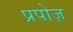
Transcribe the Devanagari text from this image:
प्रपोज़